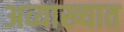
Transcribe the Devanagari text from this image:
अव्याख्यात